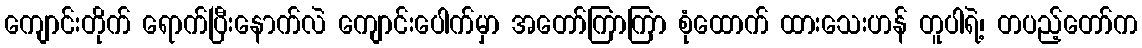
ကျောင်းတိုက် ရောက်ပြီးနောက်လဲ ကျောင်းပေါက်မှာ အတော်ကြာကြာ စုံထောက် ထားသေးဟန် တူပါရဲ့၊ တပည့်တော်က